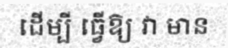
ដើម្បី ធ្វើឱ្យ វា មាន